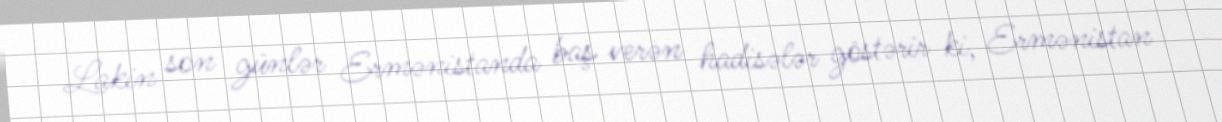
Lakin son günlər Ermənistanda baş verən hadisələr göstərir ki, Ermənistan